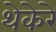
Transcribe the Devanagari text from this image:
थेकेरे